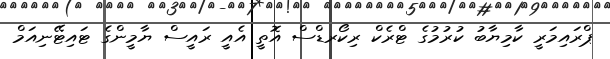
ޕްރައިމަރީ ކާމިޔާބު ކުރުުމުގެ ޓްރެކް ރިކޯރޑްސް އޮތީ އެއީ ރައީސް ޔާމީންގެ ޓައިޓޭނިއަމް